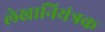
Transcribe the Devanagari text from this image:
लेखानियंत्रक